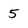
Character: 5